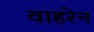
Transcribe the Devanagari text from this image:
वाहरेन